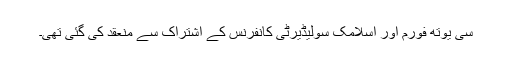
سی یوتھ فورم اور اسلامک سولیڈیرٹی کانفرنس کے اشتراک سے منعقد کی گئی تھی۔